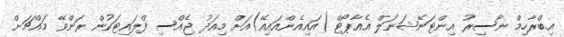
އިބްރާހިމް ނާސިރު އިންޓަނޭޝަނަލް އެއާޕޯޓް (އައިއެންއައިއޭ)އަށް މިއަދު ޖެއްސި ފްލައިޓަކުން ރަންވޭ މައްޗަށް